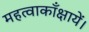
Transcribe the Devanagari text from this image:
महत्वाकाँक्षायें।